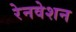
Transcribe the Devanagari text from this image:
रेनवेशन